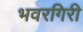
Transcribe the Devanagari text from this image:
भवरगिरी